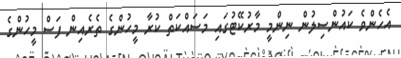
އެހެންވެ ކައުންސިލުން ނިންމީ މާރުކޭޓުގައި މަސައްކަތް ކުރާ މީހުންގެ ތެރެއިން ފަސް މީހުންގެ